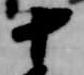
十